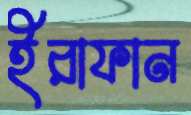
ইরাফান